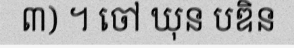
៣) ។ ចៅ ឃុន បឌិន